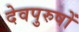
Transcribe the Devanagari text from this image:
देवपुरुषों